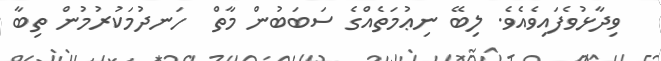
ވިދާޅުވެފައިވެއެވެ. ލިބޭ ނިޢުމަތެއްގެ ސަބަބުން މާތް  ހަނދުމަކުރުމުން ތިބާ